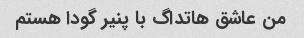
من عاشق هاتداگ با پنیر گودا هستم